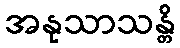
အနုသာသန္တိ